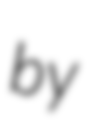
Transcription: by